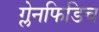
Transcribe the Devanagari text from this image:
ग्लेनफिडिच